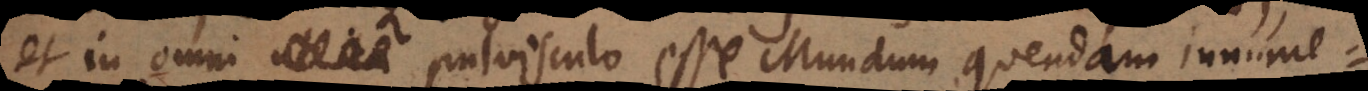
et in omni pulvisculo esse Mundum quendam innume